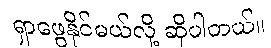
ရှာဖွေနိုင်မယ်လို့ ဆိုပါတယ်။